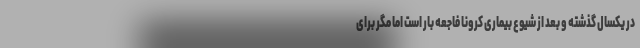
در یکسال گذشته و بعد از شیوع بیماری کرونا فاجعه بار است اما مگر برای